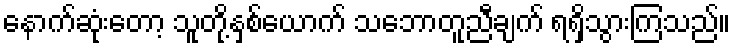
နောက်ဆုံးတော့ သူတို့နှစ်ယောက် သဘောတူညီချက် ရရှိသွားကြသည်။